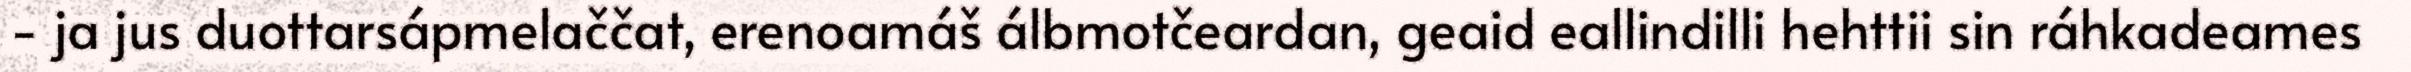
- ja jus duottarsápmelaččat, erenoamáš álbmotčeardan, geaid eallindilli hehttii sin ráhkadeames